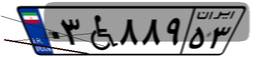
۳۸W۹۴۵۸۴